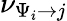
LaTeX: \nu_{\Psi_{i}\to j}